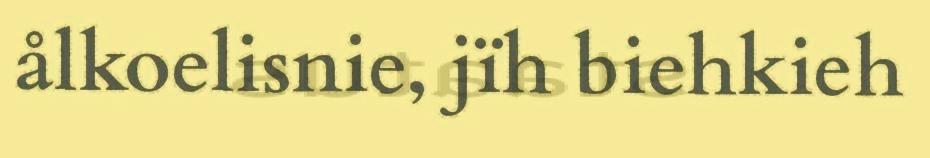
ålkoelisnie, jïh biehkieh